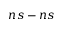
n s - n s